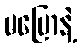
မပြောနဲ့